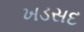
ખડસદ